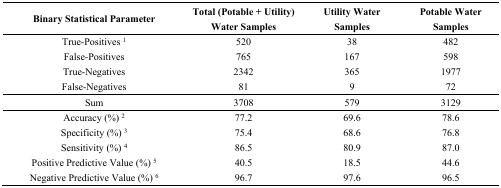
<table><thead><tr><td><b>Binary Statistical Parameter</b></td><td><b>Total (Potable + Utility) Water Samples</b></td><td><b>Utility Water Samples</b></td><td><b>Potable Water Samples</b></td></tr></thead><tbody><tr><td>True-Positives <sup>1</sup></td><td>520</td><td>38</td><td>482</td></tr><tr><td>False-Positives</td><td>765</td><td>167</td><td>598</td></tr><tr><td>True-Negatives</td><td>2342</td><td>365</td><td>1977</td></tr><tr><td>False-Negatives</td><td>81</td><td>9</td><td>72</td></tr><tr><td>Sum</td><td>3708</td><td>579</td><td>3129</td></tr><tr><td>Accuracy (%) <sup>2</sup></td><td>77.2</td><td>69.6</td><td>78.6</td></tr><tr><td>Specificity (%) <sup>3</sup></td><td>75.4</td><td>68.6</td><td>76.8</td></tr><tr><td>Sensitivity (%) <sup>4</sup></td><td>86.5</td><td>80.9</td><td>87.0</td></tr><tr><td>Positive Predictive Value (%) <sup>5</sup></td><td>40.5</td><td>18.5</td><td>44.6</td></tr><tr><td>Negative Predictive Value (%) <sup>6</sup></td><td>96.7</td><td>97.6</td><td>96.5</td></tr></tbody></table>